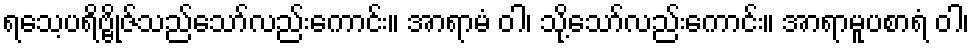
ရသေ့ပရိဗ္ဗိုဇ်သည်သော်လည်းကောင်း။ အာရာမံ ဝါ၊ သို့သော်လည်းကောင်း။ အာရာမူပစာရံ ဝါ၊